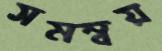
সমম্বয়